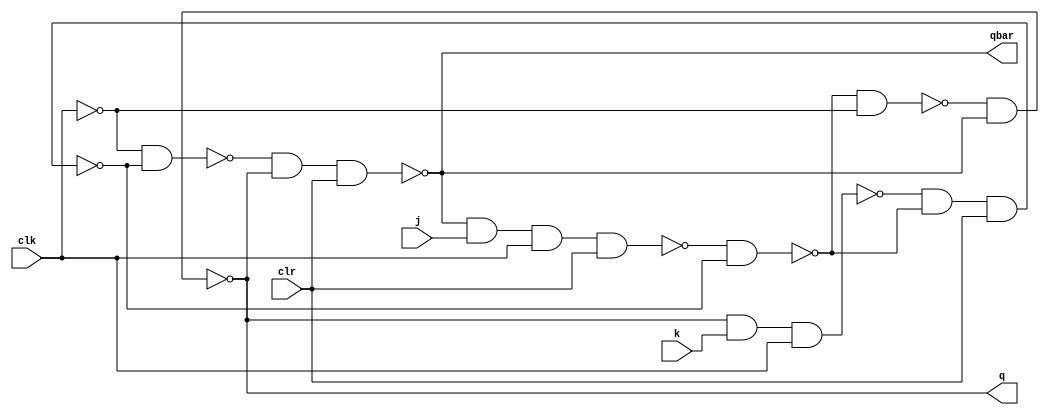
module jkff(q,qbar,j,k,clr,clk);

input j,k,clr,clk;
output q,qbar;

nand nd1(a,qbar,j,clk,clr);
nand nd2(b,q,k,clk);
nand nd3(y,a,ybar);
nand nd4(ybar,b,y,clr);

not nt(cbar,clk);

nand nd5(c,y,cbar);
nand nd6(d,cbar,ybar);
nand nd7(q,c,qbar);
nand nd8(qbar,d,q,clr);

endmodule